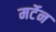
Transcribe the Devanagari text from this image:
मर्टेन